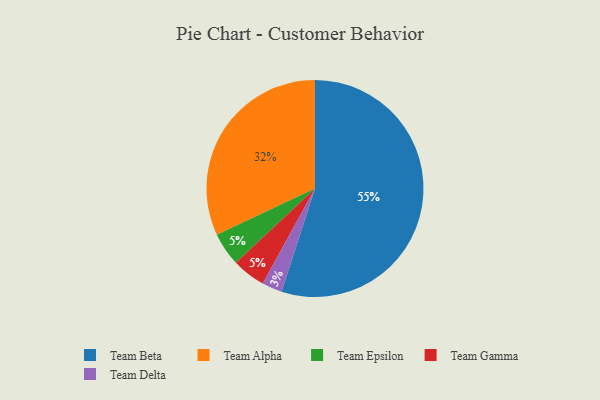
{"axis": {"x": "Category", "y": "Percentage"}, "legend": ["Team Alpha", "Team Beta", "Team Delta", "Team Epsilon", "Team Gamma"], "data": [{"x": "Team Alpha", "y": 32, "type": "Team Alpha"}, {"x": "Team Epsilon", "y": 5, "type": "Team Epsilon"}, {"x": "Team Gamma", "y": 5, "type": "Team Gamma"}, {"x": "Team Beta", "y": 55, "type": "Team Beta"}, {"x": "Team Delta", "y": 3, "type": "Team Delta"}]}